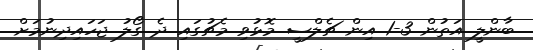
ބާންލީ އަތުން 3-1 އިން ޗެލްސީ މޮޅުވި މެޗުގައި ދެ ގޯލު ޖަހައިދިނުމަށް